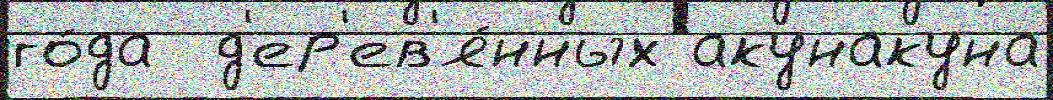
го́да  д'ер'ев'я́нных акунакуна